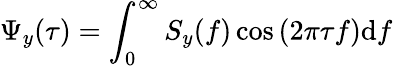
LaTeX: \Psi_{y}(\tau)=\int_{0}^{\infty}S_{y}(f)\cos{(2\pi\tau f)}\mathrm{d}f